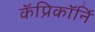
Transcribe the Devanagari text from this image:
कॅप्रिकॉर्नि